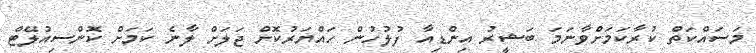
މަސައްކަތް ކުރާކަމަށްވާނަމަ ބަޝީރު އިންޑިއާ ފުލުހުން ހައްޔަރުކޮށް ޖަލަށް ލާނެ ކަމަށް ކޮންސިއުލޭޓް